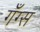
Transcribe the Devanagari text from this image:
गँग्स